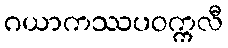
ဂယာကဿပဝက္ကလီ